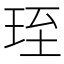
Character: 𤥇